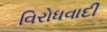
વિરોધવાદી